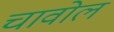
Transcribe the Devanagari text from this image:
चावोल